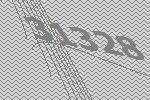
31328